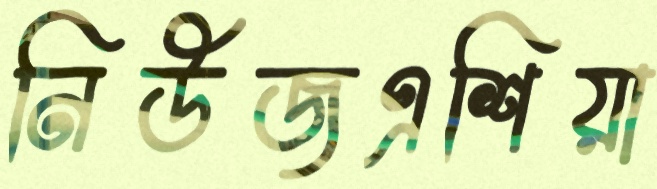
নিউজএশিয়া